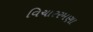
વિચારરમણા